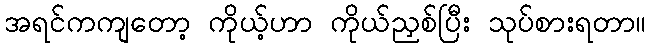
အရင်ကကျတော့ ကိုယ့်ဟာ ကိုယ်ညှစ်ပြီး သုပ်စားရတာ။